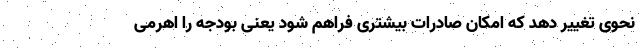
نحوی تغییر دهد که امکان صادرات بیشتری فراهم شود یعنی بودجه را اهرمی